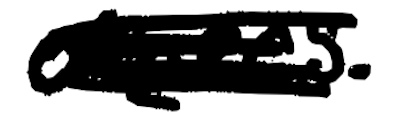
Text: others.
Cross-out: scratch
Writing tool: digital_black